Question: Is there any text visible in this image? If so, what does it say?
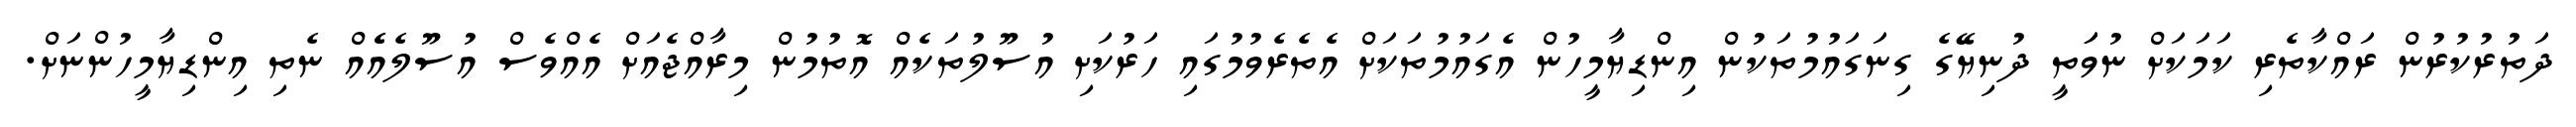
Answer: ދަތުރުކުރުން ރައްކާތެރި ކަމަކަށް ނުވަަތީ ދުނިޔޭގެ ގިނަގައުމުތަކުން އިންޑިޔާމީހުން އެގައުމުތަކަށް އެތެރެވުމުގައި ހަރުކަށި އުސޫލުތަކެއް އޮތުމުން މިރާއްޖެއަށް އެއްވެސް އުސޫލެއެެއް ނެތި އިންޑިޔާމީހުންނަށް.